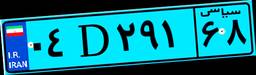
۰۸D۳۲۶۸۹